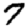
Digit: 7